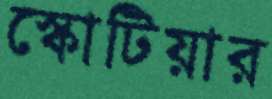
স্কোটিয়ার